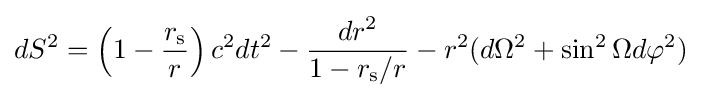
dS^{2}=\left(1-{\frac {r_{\text{s}}}{r}}\right)c^{2}dt^{2}-{\frac {dr^{2}}{1-{r_{\text{s}}}/{r}}}-r^{2}(d\Omega ^{2}+\sin ^{2}\Omega d\varphi ^{2})